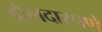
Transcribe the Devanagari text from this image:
डौलदारपणे